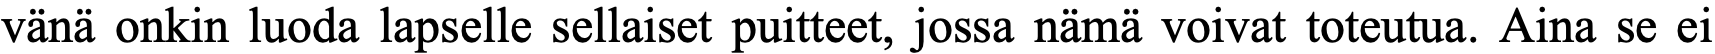
vänä onkin luoda lapselle sellaiset puitteet, jossa nämä voivat toteutua. Aina se ei